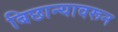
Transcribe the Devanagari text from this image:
बिछान्यावरून